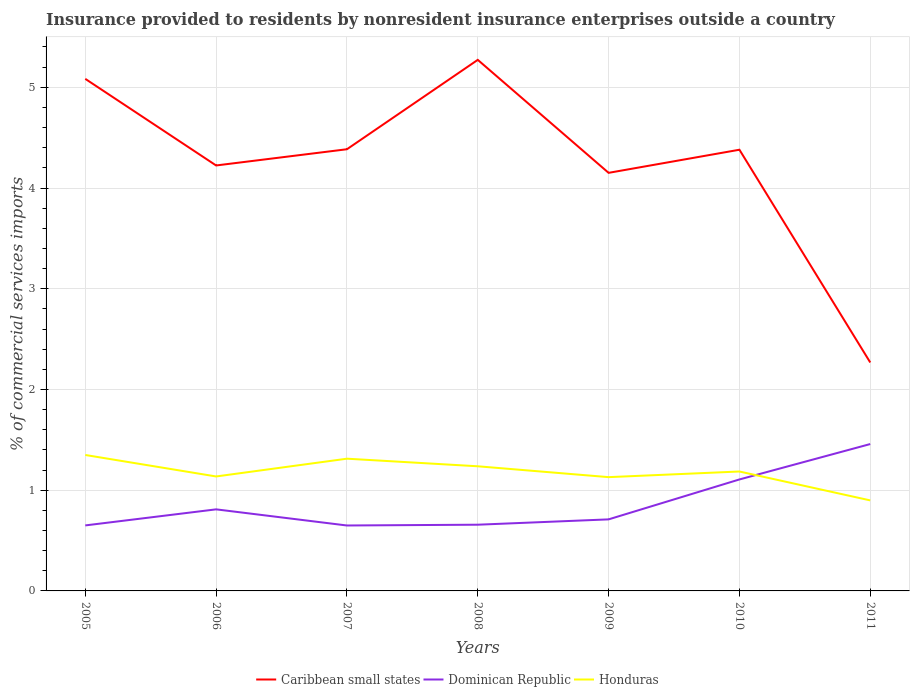
| Years | Caribbean small states | Dominican Republic | Honduras |
 | --- | --- | --- | --- |
 | 2005 | 5.08 | 0.65 | 1.35 |
 | 2006 | 4.22 | 0.81 | 1.14 |
 | 2007 | 4.38 | 0.65 | 1.31 |
 | 2008 | 5.27 | 0.657 | 1.24 |
 | 2009 | 4.15 | 0.71 | 1.13 |
 | 2010 | 4.38 | 1.11 | 1.19 |
 | 2011 | 2.27 | 1.46 | 0.899 |